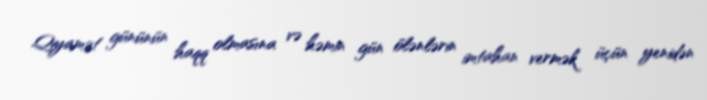
Qiyamət gününün haqq olmasına və həmin gün ölənlərin imtahan vermək üçün yenidən